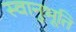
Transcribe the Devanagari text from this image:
स्‍वानुभूति